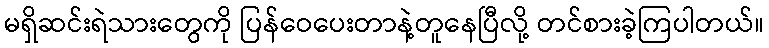
မရှိဆင်းရဲသားတွေကို ပြန်ဝေပေးတာနဲ့တူနေပြီလို့ တင်စားခဲ့ကြပါတယ်။